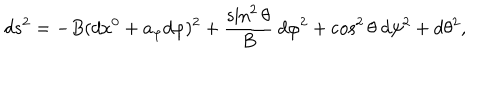
LaTeX: d s ^ { 2 } = - B ( d x ^ { 0 } + a _ { \varphi } d \varphi ) ^ { 2 } + { \frac { \sin ^ { 2 } \theta } { B } } ~ d \varphi ^ { 2 } + \cos ^ { 2 } \theta ~ d \psi ^ { 2 } + d \theta ^ { 2 } ,